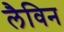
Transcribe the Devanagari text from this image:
लैविन